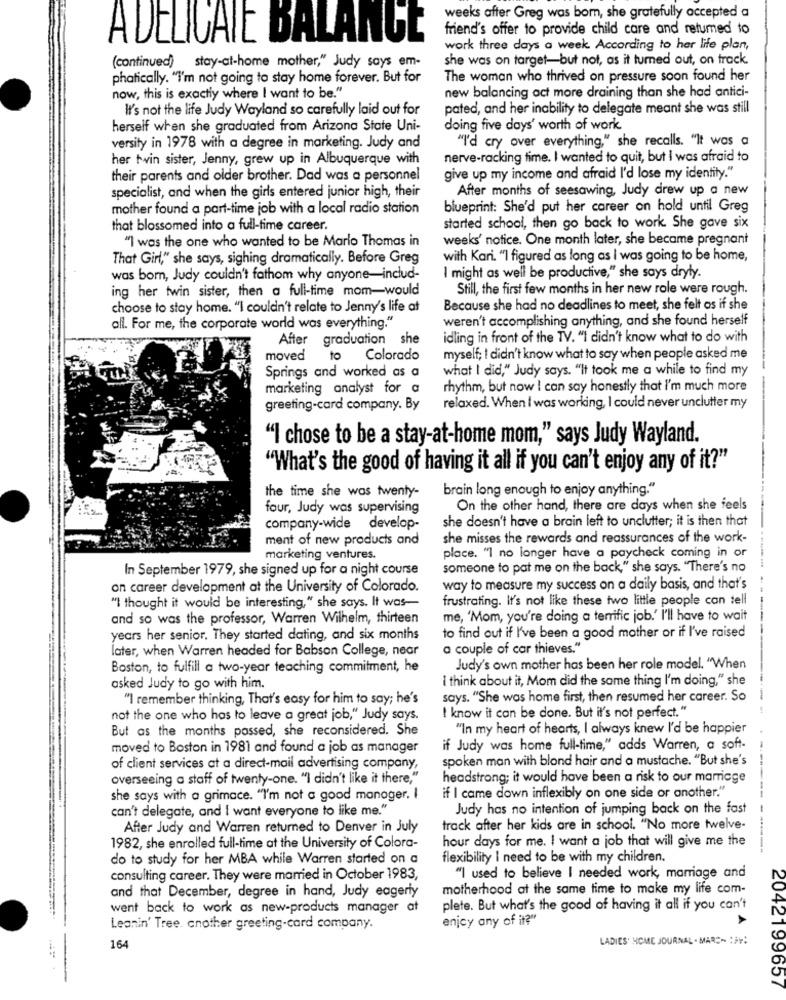
weeks after Greg was bom, she gratefully accepted a
friend's offer to provide child care and retumed to
ADELICATE BALANCE
work three days a week. According to her life plan,
she was on target-but not, as it turned out, on track.
(continued) stay-at-home mother," Judy says em-
phatically. "I'm not going to stay home forever. But for
The woman who thrived on pressure soon found her
now, this is exactly where I want to be."
new balancing act more draining than she had antici-
It's not the life Judy Wayland so carefully laid out for
pated, and her inability to delegate meant she was still
herself when she graduated from Arizona State Uni-
doing five days' worth of work
"I'd cry over everything," she recalls. "It was a
versity in 1978 with a degree in marketing. Judy and
her twin sister, Jenny, grew up in Albuquerque with
nerve-racking time. I wanted to quit, but I was afraid to
their parents and older brother. Dad was a personnel
give up my income and afraid I'd lose my identity."
specialist, and when the girls entered junior high, their
After months of seesawing, Judy drew up a new
mother found a part-time job with a local radio station
blueprint: She'd put her career on hold until Greg
that blossomed into a full-time career.
started school, then go back to work. She gave six
"I was the one who wanted to be Marlo Thomas in
weeks' notice. One month later, she became pregnant
That Girl," she says, sighing dramatically. Before Greg
with Kari. "I figured as long as I was going to be home,
was bom, Judy couldn't fathom why anyone-includ-
I might as well be productive," she says dryly.
ing her twin sister, then a full-time mom-would
Still, the first few months in her new role were rough.
choose to stay home. "I couldn't relate to Jenny's life at
Because she had no deadlines to meet, she felt as if she
weren't accomplishing anything, and she found herself
all. For me, the corporate world was everything."
After graduation she
idling in front of the TV. "I didn't know what to do with
moved
to
Colorado
myself; I didn't know what to say when people asked me
Springs and worked as a
what I did," Judy says. "It took me a while to find my
marketing analyst for a
rhythm, but now I can say honestly that I'm much more
greeting-card company. By
relaxed. When I was working, I could never unclutter my
"I chose to be a stay-at-home mom," says Judy Wayland.
"What's the good of having it all if you can't enjoy any of it?"
brain long enough to enjoy anything."
the time she was twenty-
four, Judy was supervising
On the other hand, there are days when she feels
she doesn't have a brain left to unclutter; it is then that
company-wide develop-
ment of new products and
she misses the rewards and reassurances of the work-
marketing ventures.
place. "I no longer have a paycheck coming in or
In September 1979, she signed up for a night course
someone to pat me on the back," she says. "There's no
on career development at the University of Colorado.
way to measure my success on a daily basis, and that's
frustrating. It's not like these two little people can tell
"I thought it would be interesting," she says. It was-
and so was the professor, Warren Wilhelm, thirteen
me, 'Mom, you're doing a terrific job.' I'll have to wait
years her senior. They started dating, and six months
to find out if I've been a good mother or if I've raised
later, when Warren headed for Babson College, near
a couple of car thieves."
Boston, to fulfill a two-year teaching commitment, he
Judy's own mother has been her role model. "When
I think about it, Mom did the same thing I'm doing," she
asked Judy to go with him.
"I remember thinking, That's easy for him to say; he's
says. "She was home first, then resumed her career. So
not the one who hos to leave a great job," Judy says.
I know it can be done. But it's not perfect."
But as the months passed, she reconsidered. She
"In my heart of hearts, I always knew I'd be happier
moved to Boston in 1981 and found a job as manager
if Judy was home full-time," adds Warren, a soft-
spoken man with blond hair and a mustache. "But she's
of client services at a direct-mail advertising company,
overseeing a staff of twenty-one. "I didn't like it there,"
headstrong; it would have been a risk to our marriage
she says with a grimace. "I'm not a good manager. I
if I came down inflexibly on one side or another."
can't delegate, and I want everyone to like me."
Judy has no intention of jumping back on the fast
After Judy and Warren returned to Denver in July
track after her kids are in school. "No more twelve-
hour days for me. I want a job that will give me the
1982, she enrolled full-time at the University of Colora-
do to study for her MBA while Warren started on a
flexibility I need to be with my children.
consulting career. They were married in October 1983,
"I used to believe I needed work, marriage and
and that December, degree in hand, Judy eagerly
motherhood at the same time to make my life com-
went back to work as new-products manager at
plete. But what's the good of having it all if you can't
enjoy any of it?"
Leanin' Tree. cnother greeting-card company.
LADIES' HOME JOURNAL - MARC- : 39:
164
2042199657